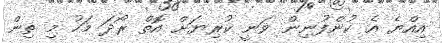
އިއްޔެ އެ ކުންފުނިން ވަނީ ކުރިޔަށް އޮތް ރޯދަ މަހު މި ތިން